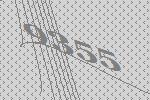
9355